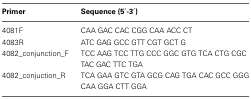
<table><thead><tr><td><b>Primer</b></td><td><b>Sequence (5′-3′)</b></td></tr></thead><tbody><tr><td>4081F</td><td>CAA GAC CAC CGG CAA ACC CT</td></tr><tr><td>4083R</td><td>ATC GAG GCC GTT CGT GCT G</td></tr><tr><td>4082_conjunction_F</td><td>TCC AAG TCC TTG CCC GGC GTG TCA CTG CGC TAC GAC TTC TGA</td></tr><tr><td>4082_conjuction_R</td><td>TCA GAA GTC GTA GCG CAG TGA CAC GCC GGG CAA GGA CTT GGA</td></tr></tbody></table>